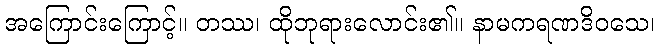
အကြောင်းကြောင့်။ တဿ၊ ထိုဘုရားလောင်း၏။ နာမကရဏဒိဝသေ၊